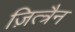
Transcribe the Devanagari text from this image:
ज़ित्त्रैन